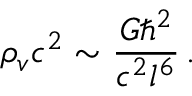
\rho _ { v } c ^ { 2 } \sim \frac { G \hbar ^ { 2 } } { c ^ { 2 } l ^ { 6 } } \, .